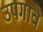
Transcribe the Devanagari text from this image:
उपगावे